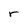
Character: r